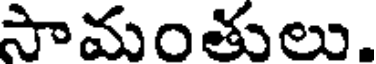
సామంతులు.